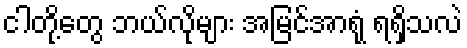
ငါတို့တွေ ဘယ်လိုများ အမြင်အာရုံ ရရှိသလဲ